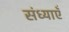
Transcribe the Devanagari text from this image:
संध्याएँ